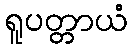
ရူပတ္တာယံ